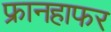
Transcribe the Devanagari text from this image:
फ्रानहाफर